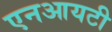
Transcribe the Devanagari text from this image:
एनआयटी